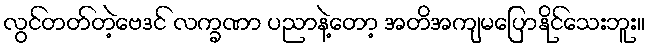
လွင်တတ်တဲ့ဗေဒင် လက္ခဏာ ပညာနဲ့တော့ အတိအကျမပြောနိုင်သေးဘူး။